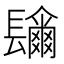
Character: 𨲼